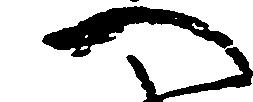
へ